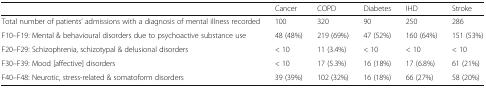
<table><thead><tr><td></td><td><b>Cancer</b></td><td><b>COPD</b></td><td><b>Diabetes</b></td><td><b>IHD</b></td><td><b>Stroke</b></td></tr></thead><tbody><tr><td>Total number of patients’ admissions with a diagnosis of mental illness recorded</td><td>100</td><td>320</td><td>90</td><td>250</td><td>286</td></tr><tr><td>F10–F19: Mental &amp; behavioural disorders due to psychoactive substance use</td><td>48 (48%)</td><td>219 (69%)</td><td>47 (52%)</td><td>160 (64%)</td><td>151 (53%)</td></tr><tr><td>F20–F29: Schizophrenia, schizotypal &amp; delusional disorders</td><td>&lt; 10</td><td>11 (3.4%)</td><td>&lt; 10</td><td>&lt; 10</td><td>&lt; 10</td></tr><tr><td>F30–F39: Mood [affective] disorders</td><td>&lt; 10</td><td>17 (5.3%)</td><td>16 (18%)</td><td>17 (6.8%)</td><td>61 (21%)</td></tr><tr><td>F40–F48: Neurotic, stress-related &amp; somatoform disorders</td><td>39 (39%)</td><td>102 (32%)</td><td>16 (18%)</td><td>66 (27%)</td><td>58 (20%)</td></tr></tbody></table>